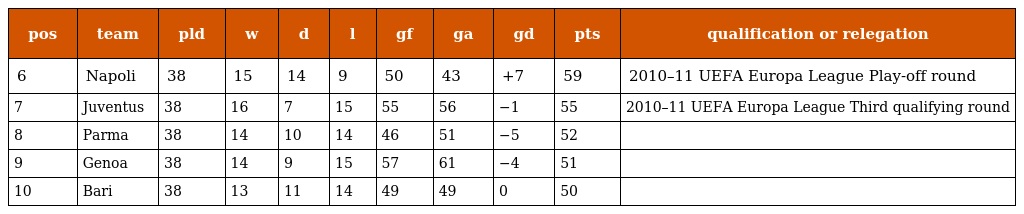
| pos | team | pld | w | d | l | gf | ga | gd | pts | qualification or relegation |
 | --- | --- | --- | --- | --- | --- | --- | --- | --- | --- | --- |
 | 6 | Napoli | 38 | 15 | 14 | 9 | 50 | 43 | +7 | 59 | 2010–11 UEFA Europa League Play-off round |
 | 7 | Juventus | 38 | 16 | 7 | 15 | 55 | 56 | −1 | 55 | 2010–11 UEFA Europa League Third qualifying round |
 | 8 | Parma | 38 | 14 | 10 | 14 | 46 | 51 | −5 | 52 |  |
 | 9 | Genoa | 38 | 14 | 9 | 15 | 57 | 61 | −4 | 51 |  |
 | 10 | Bari | 38 | 13 | 11 | 14 | 49 | 49 | 0 | 50 |  |